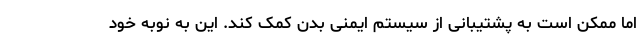
اما ممکن است به پشتیبانی از سیستم ایمنی بدن کمک کند. این به نوبه خود